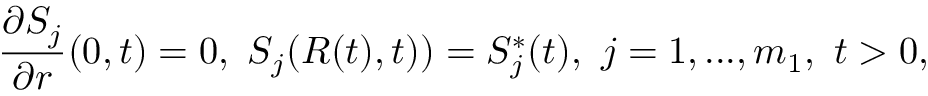
\frac { \partial S _ { j } } { \partial r } ( 0 , t ) = 0 , \ S _ { j } ( R ( t ) , t ) ) = S _ { j } ^ { * } ( t ) , \ j = 1 , . . . , m _ { 1 } , \ t > 0 ,